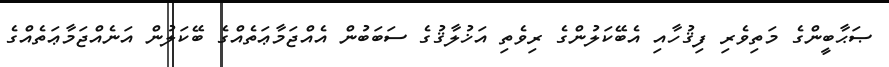
ޞަޙާބީންގެ މަތިވެރި ފިޤުހާއި އެބޭކަލުންގެ ރިވެތި އަޚުލާޤުގެ ސަބަބުން އެއްޖަމާޢަތެއްގެ ބޭކަލުން އަނެއްޖަމާޢަތެއްގެ